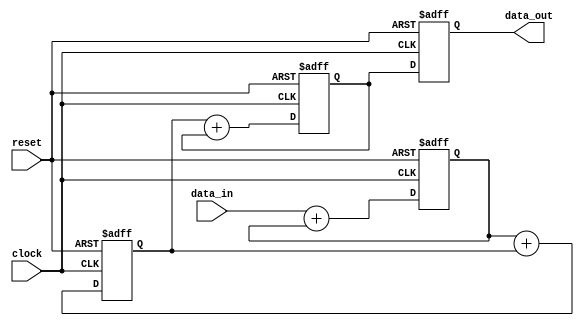
module cascaded_accumulator (
    input wire clock,
    input wire reset,
    input wire [15:0] data_in,
    output reg [15:0] data_out
);

reg [15:0] stage1_output, stage2_output, stage3_output;

always @(posedge clock or posedge reset) begin
    if (reset) begin
        stage1_output <= 16'b0;
        stage2_output <= 16'b0;
        stage3_output <= 16'b0;
        data_out <= 16'b0;
    end else begin
        stage1_output <= data_in + stage1_output;
        stage2_output <= stage1_output + stage2_output;
        stage3_output <= stage2_output + stage3_output;
        data_out <= stage3_output;
    end
end

endmodule